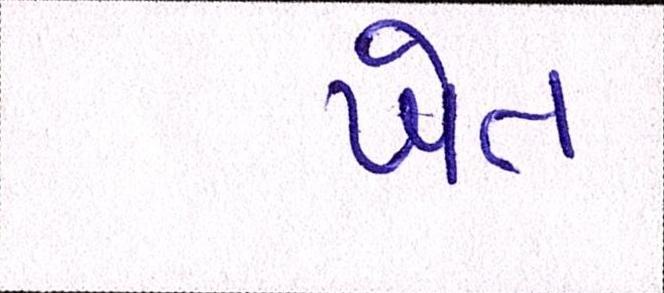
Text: ખેત